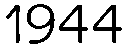
1944